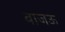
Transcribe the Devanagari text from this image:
बाजऊ